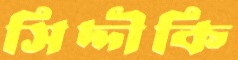
সিদ্দীকি